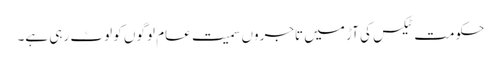
حکومت ٹیکس کی آڑ میں تاجروں سمیت عام لوگوں کو لوٹ رہی ہے۔